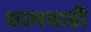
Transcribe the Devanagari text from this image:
शामवाडी